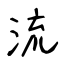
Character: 流